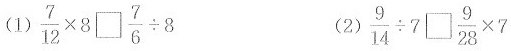
(1) $$\frac{7}{12} \times 8 \square \frac{7}{6} \div 8$$ (2) $$\frac{9}{14} \div 7 \square \frac{9}{28} \times 7$$